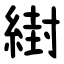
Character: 䋽